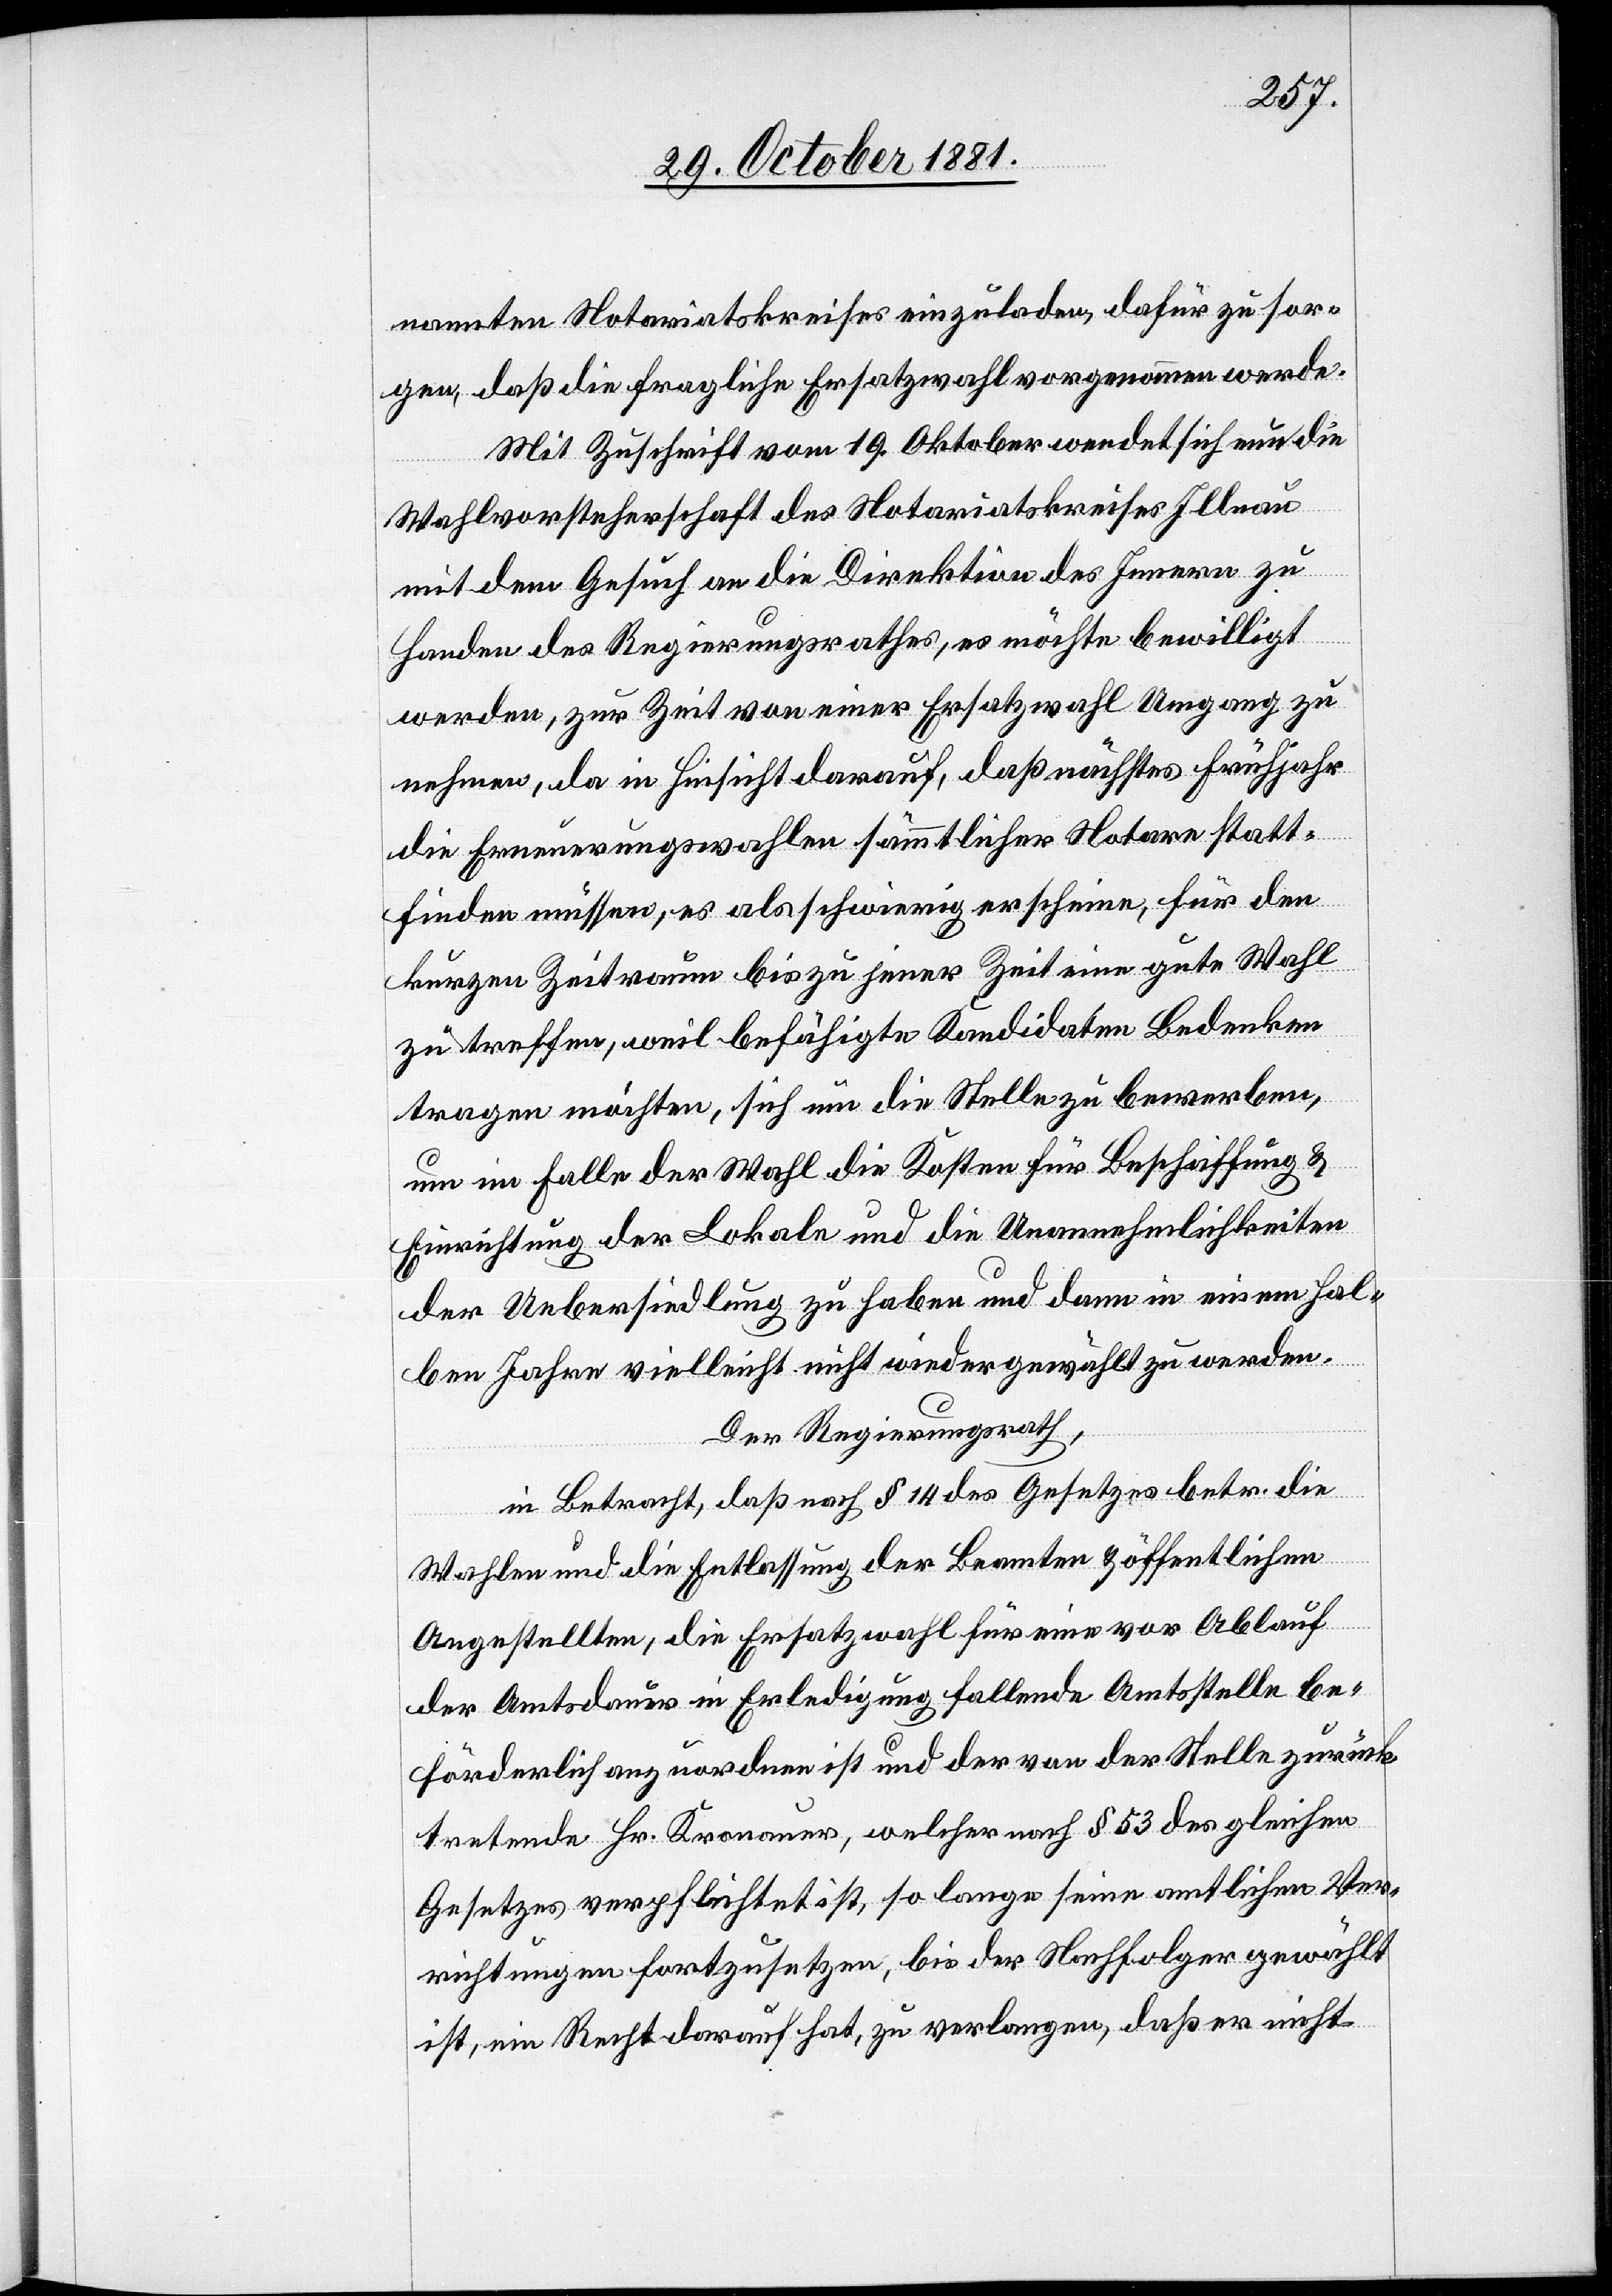
nannten Notariatskreises einzuladen, dafür zu sor¬
gen, daß die fragliche Ersatzwahl vorgenommen werde.
Mit Zuschrift vom 19. Oktober wendet sich nun die
Wahlvorsteherschaft des Notariatskreises Illnau
mit dem Gesuch an die Direktion des Innern zu
Handen des Regierungsrathes, es möchte bewilligt
werden, zur Zeit von einer Ersatzwahl Umgang zu
nehmen, da in Hinsicht darauf, daß nächstes Frühjahr
die Erneuerungswahlen sämmtlicher Notare statt¬
finden müssen, es als schwierig erscheine, für den
kurzen Zeitraum bis zu jener Zeit eine gute Wahl
zu treffen, weil befähigte Kandidaten Bedenken
tragen möchten, sich um die Stelle zu bewerben,
um im Falle der Wahl die Kosten für Beschaffung &
Einrichtung der Lokale und die Unannehmlichkeiten
der Uebersiedlung zu haben und dann in einem hal¬
ben Jahre vielleicht nicht wiedergewählt zu werden.
Der Regierungsrath,
in Betracht, daß nach § 14 des Gesetzes betr. die
Wahlen und die Entlassung der Beamten & öffentlichen
Angestellten, die Ersatzwahl für eine vor Ablauf
der Amtsdauer in Erledigung fallende Amtsstelle be¬
förderlich anzuordnen ist und der von der Stelle zurück¬
tretende Hr. Kronauer, welcher nach § 53 des gleichen
Gesetzes verpflichtet ist, so lange seine amtlichen Ver¬
richtungen fortzusetzen, bis der Nachfolger gewählt
ist, ein Recht darauf hat, zu verlangen, daß er nicht